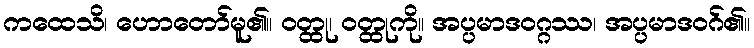
ကထေသိ၊ ဟောတော်မူ၏။ ဝတ္ထု၊ ဝတ္ထုကို။ အပ္ပမာဒဝဂ္ဂဿ၊ အပ္ပမာဒဝဂ်၏။